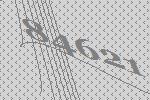
84621